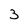
Character: 3